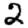
Digit: 2